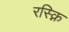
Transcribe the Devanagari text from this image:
रस्क्नि